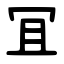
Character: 冝